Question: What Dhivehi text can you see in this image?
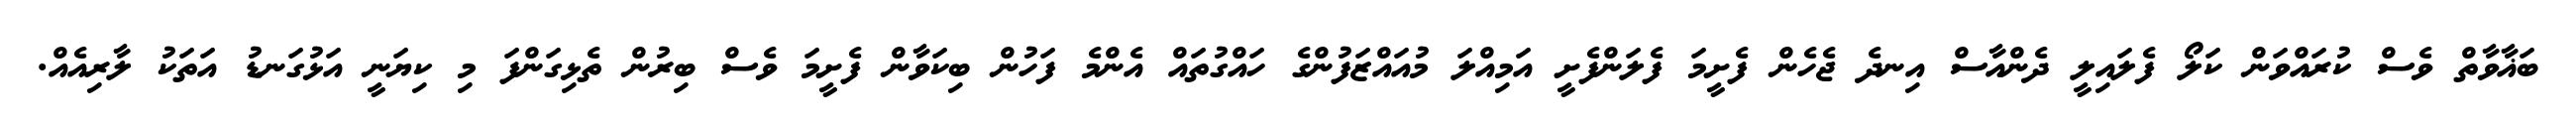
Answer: ބަޣާވާތް ވެސް ކުރައްވަން ކަލޯ ފެލައިލީ ދެންއާސް އިނދެ ޖެހެން ފެށީމަ ފެލަންފެށީ އަމިއްލަ މުއައްޒަފުންގެ ހައްގުތައް އެންމެ ފަހުން ބިކަވާން ފެށީމަ ވެސް ބިރުން ތެޅިގަންފަ މި ކިޔަނީ އަޅުގަނޑު އަތަކު ލާރިއެއް.